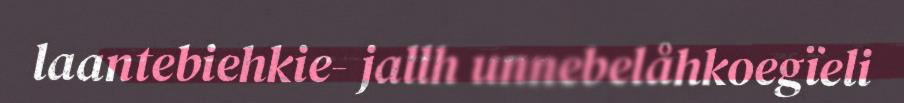
laantebiehkie- jallh unnebelåhkoegïeli